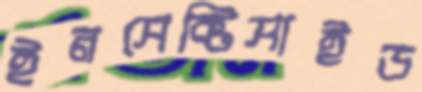
ইনসেক্টিসাইড